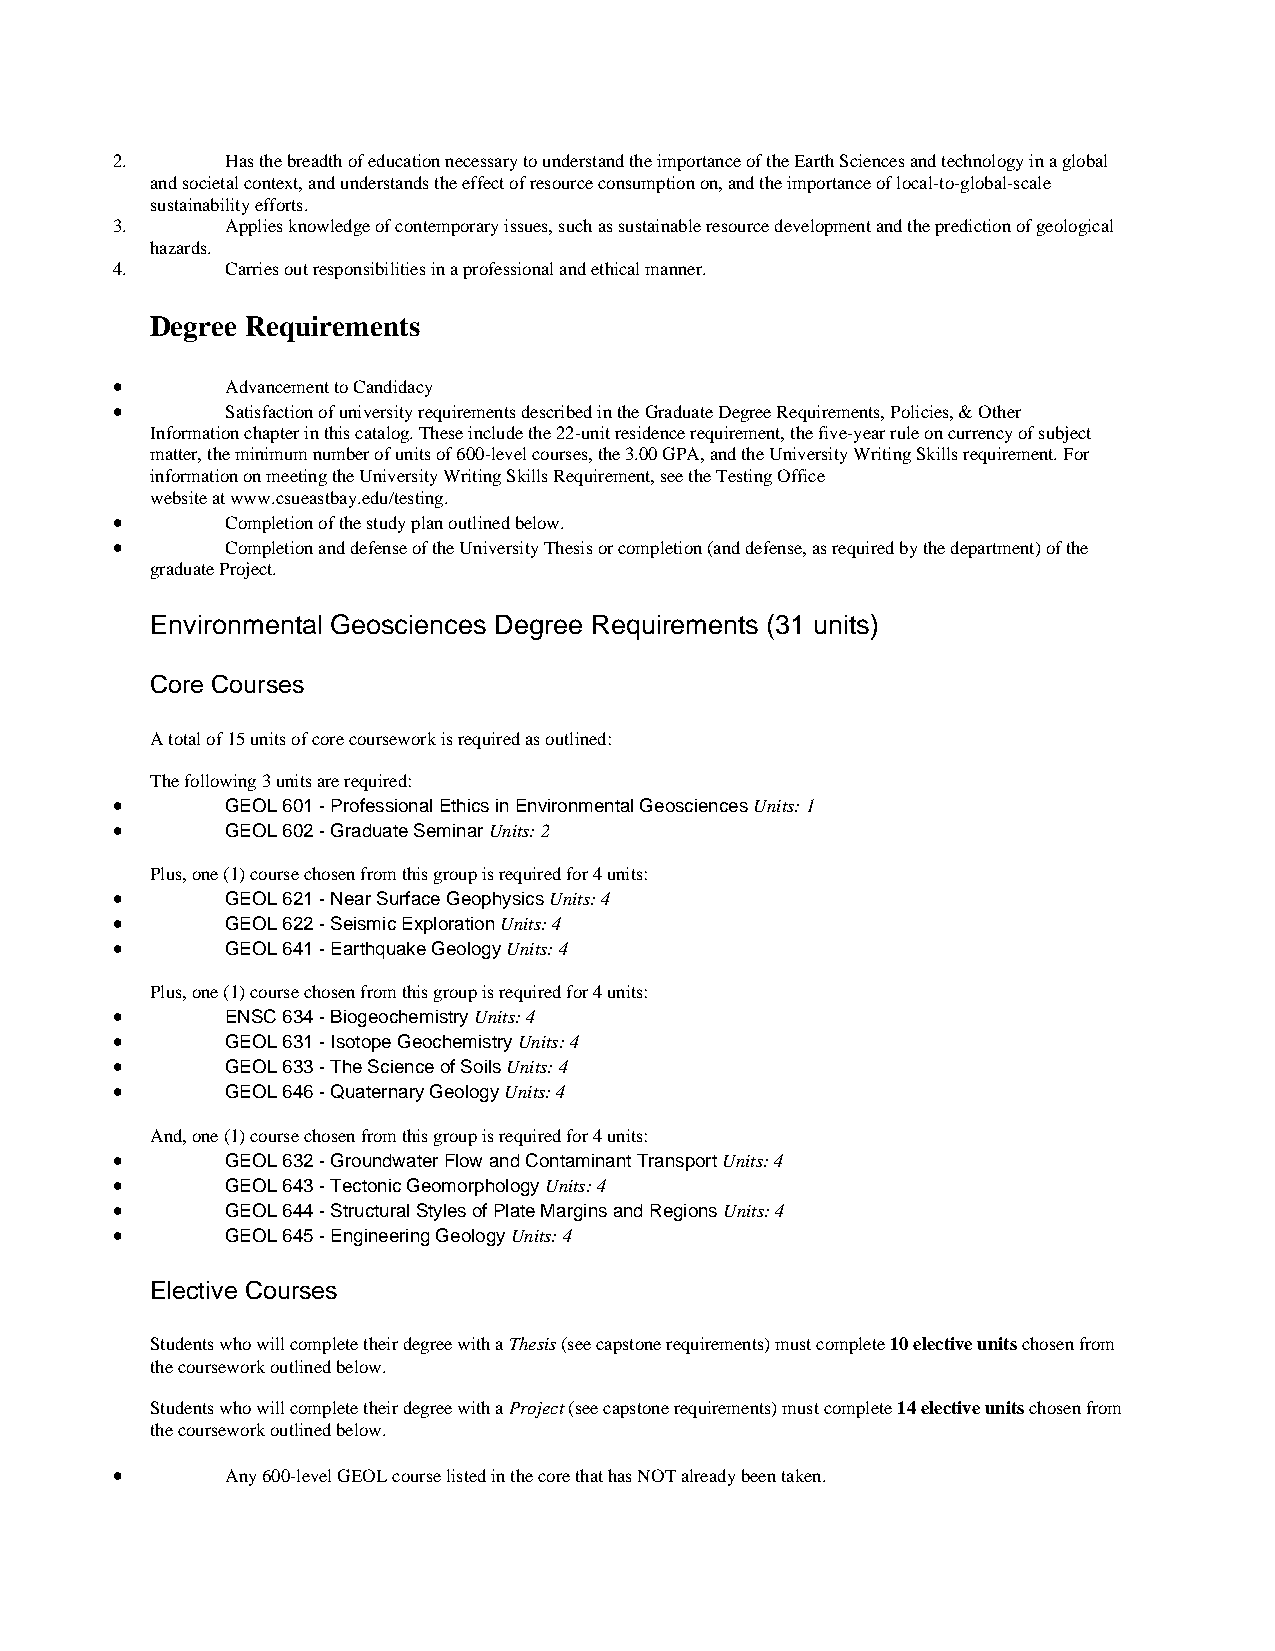
2.      Has the breadth of education necessary to understand the importance of the Earth Sciences and technology in a global
 and societal context, and understands the effect of resource consumption on, and the importance of local-to-global-scale
 sustainability efforts.
 3.      Applies knowledge of contemporary issues, such as sustainable resource development and the prediction of geological
 hazards.
 4.      Carries out responsibilities in a professional and ethical manner.
 Degree Requirements
 •       Advancement to Candidacy
 •       Satisfaction of university requirements described in the Graduate Degree Requirements, Policies, & Other
 Information chapter in this catalog. These include the 22-unit residence requirement, the five-year rule on currency of subject
 matter, the minimum number of units of 600-level courses, the 3.00 GPA, and the University Writing Skills requirement. For
 information on meeting the University Writing Skills Requirement, see the Testing Office
 website at www.csueastbay.edu/testing.
 •       Completion of the study plan outlined below.
 •       Completion and defense of the University Thesis or completion (and defense, as required by the department) of the
 graduate Project.
 Environmental Geosciences Degree Requirements (31 units)
 Core Courses
 A total of 15 units of core coursework is required as outlined:
 The following 3 units are required:
 •       GEOL 601 - Professional Ethics in Environmental Geosciences Units: 1
 •       GEOL 602 - Graduate Seminar Units: 2
 Plus, one (1) course chosen from this group is required for 4 units:
 •       GEOL 621 - Near Surface Geophysics Units: 4
 •       GEOL 622 - Seismic Exploration Units: 4
 •       GEOL 641 - Earthquake Geology Units: 4
 Plus, one (1) course chosen from this group is required for 4 units:
 •       ENSC 634 - Biogeochemistry Units: 4
 •       GEOL 631 - Isotope Geochemistry Units: 4
 •       GEOL 633 - The Science of Soils Units: 4
 •       GEOL 646 - Quaternary Geology Units: 4
 And, one (1) course chosen from this group is required for 4 units:
 •       GEOL 632 - Groundwater Flow and Contaminant Transport Units: 4
 •       GEOL 643 - Tectonic Geomorphology Units: 4
 •       GEOL 644 - Structural Styles of Plate Margins and Regions Units: 4
 •       GEOL 645 - Engineering Geology Units: 4
 Elective Courses
 Students who will complete their degree with a Thesis (see capstone requirements) must complete 10 elective units chosen from
 the coursework outlined below.
 Students who will complete their degree with a Project (see capstone requirements) must complete 14 elective units chosen from
 the coursework outlined below.
 •       Any 600-level GEOL course listed in the core that has NOT already been taken.